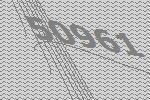
50961